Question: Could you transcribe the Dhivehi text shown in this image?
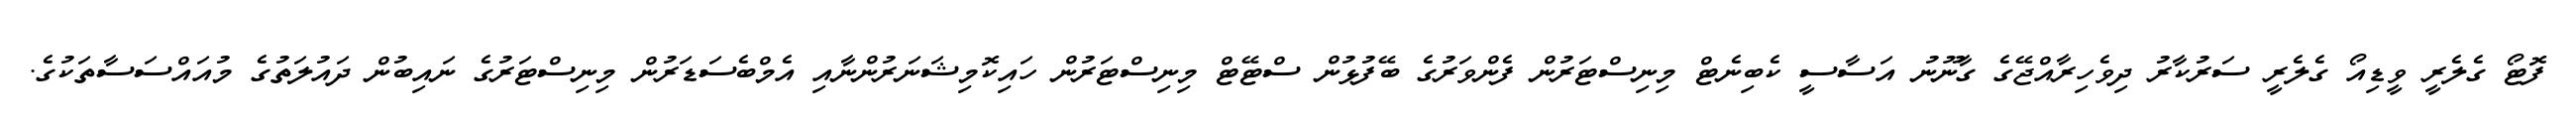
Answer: ފޮޓޯ ގެލެރީ ވީޑިއޯ ގެލެރީ ސަރުކާރު ދިވެހިރާއްޖޭގެ ގާނޫނު އަސާސީ ކެބިނެޓް މިނިސްޓަރުން ފެންވަރުގެ ބޭފުޅުން ސްޓޭޓް މިނިސްޓަރުން ހައިކޮމިޝަނަރުންނާއި އެމްބެސަޑަރުން މިނިސްޓަރުގެ ނައިބުން ދައުލަތުގެ މުއައްސަސާތަކުގެ.